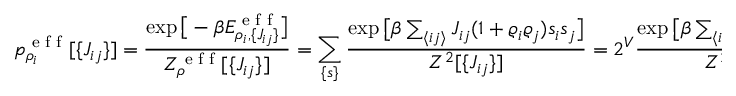
p _ { \rho _ { i } } ^ { \textrm { e f f } } [ \lbrace J _ { i j } \rbrace ] = \frac { \exp \big [ - \beta E _ { \rho _ { i } , \lbrace J _ { i j } \rbrace } ^ { \textrm { e f f } } \big ] } { Z _ { \rho } ^ { \textrm { e f f } } [ \lbrace J _ { i j } \rbrace ] } = \sum _ { \lbrace s \rbrace } \frac { \exp \big [ \beta \sum _ { \langle i j \rangle } J _ { i j } ( 1 + \varrho _ { i } \varrho _ { j } ) s _ { i } s _ { j } \big ] } { Z ^ { 2 } [ \lbrace J _ { i j } \rbrace ] } = 2 ^ { V } \frac { \exp \big [ \beta \sum _ { \langle i j \rangle } J _ { i j } ( 1 + \varrho _ { i } \varrho _ { j } ) \big ] } { Z ^ { 2 } [ \lbrace J _ { i j } \rbrace ] } ,